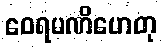
ဝေရမဏိဟေတု